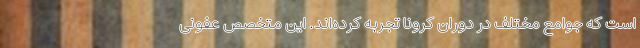
است که جوامع مختلف در دوران کرونا تجربه کرده‌اند. این متخصص عفونی